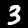
Label: 3